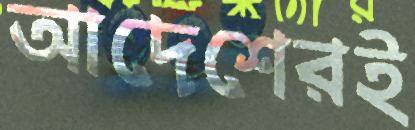
আদেশেরই